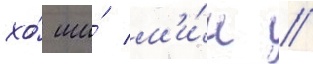
хо́ ши́ м'и́н //